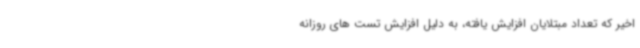
اخیر که تعداد مبتلایان افزایش یافته، به دلیل افزایش تست های روزانه